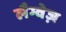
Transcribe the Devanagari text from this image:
लैग्वेज़